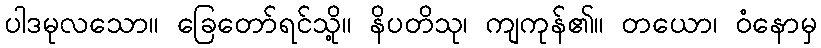
ပါဒမုလသော။ ခြေတော်ရင်သို့။ နိပတိသု၊ ကျကုန်၏။ တယော၊ ဝံနောမှ